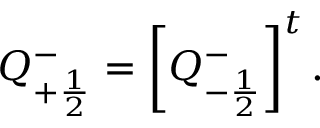
Q _ { + \frac { 1 } { 2 } } ^ { - } = \left[ Q _ { - \frac { 1 } { 2 } } ^ { - } \right] ^ { t } .